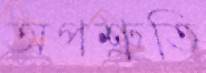
অপশ্রুতি